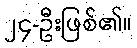
၂၄-ဦးဖြစ်၏။